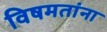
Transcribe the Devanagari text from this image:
विषमतांना